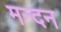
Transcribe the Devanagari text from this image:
मन्दन